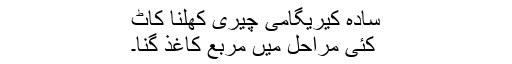
سادہ کیریگامی چیری کھلنا کاٹ
کئی مراحل میں مربع کاغذ گنا۔